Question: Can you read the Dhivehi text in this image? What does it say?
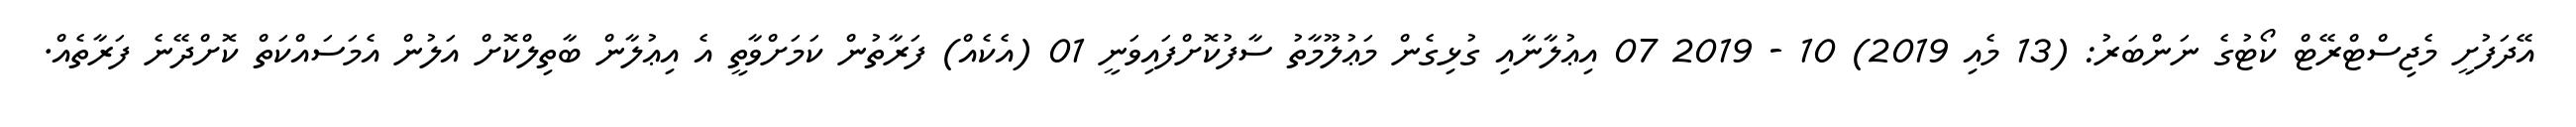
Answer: އޭދަފުށީ މެޖިސްޓްރޭޓް ކޯޓުގެ ނަންބަރު: (13 މެއި 2019) 10 - 2019 07 އިޢުލާނާއި ގުޅިގެން މަޢުލޫމާތު ސާފުކޮށްފައިވަނީ 01 (އެކެއް) ފަރާތުން ކަމަށްވާތީ އެ އިޢުލާން ބާތިލްކޮށް އަލުން އެމަސައްކަތް ކޮށްދޭނެ ފަރާތެއް.